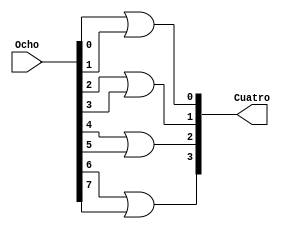
`timescale 1ns / 1ps
//////////////////////////////////////////////////////////////////////////////////
// Company: 
// Engineer: 
// 
// Design Name: 
// Module Name: OchoACuatro
// Project Name: 
// Target Devices: 
// Tool Versions: 
// Description: 
// 
// Dependencies: 
// 
// Revision:
// Revision 0.01 - File Created
// Additional Comments:
// 
//////////////////////////////////////////////////////////////////////////////////

module OchoACuatro(
input [7:0] Ocho,
output [3:0] Cuatro
);
assign Cuatro[0] = Ocho[0] | Ocho[1];
assign Cuatro[1] = Ocho[2] | Ocho[3];
assign Cuatro[2] = Ocho[4] | Ocho[5];
assign Cuatro[3] = Ocho[6] | Ocho[7];
endmodule